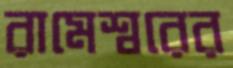
রামেশ্বরের